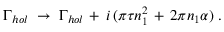
\Gamma _ { h o l } \; \to \; \Gamma _ { h o l } \, + \, i \, ( \pi \tau n _ { 1 } ^ { 2 } \, + \, 2 \pi n _ { 1 } \alpha ) \; .